EELK_Tartu_Peetri_kogudus_(kirikutahed), lk 140
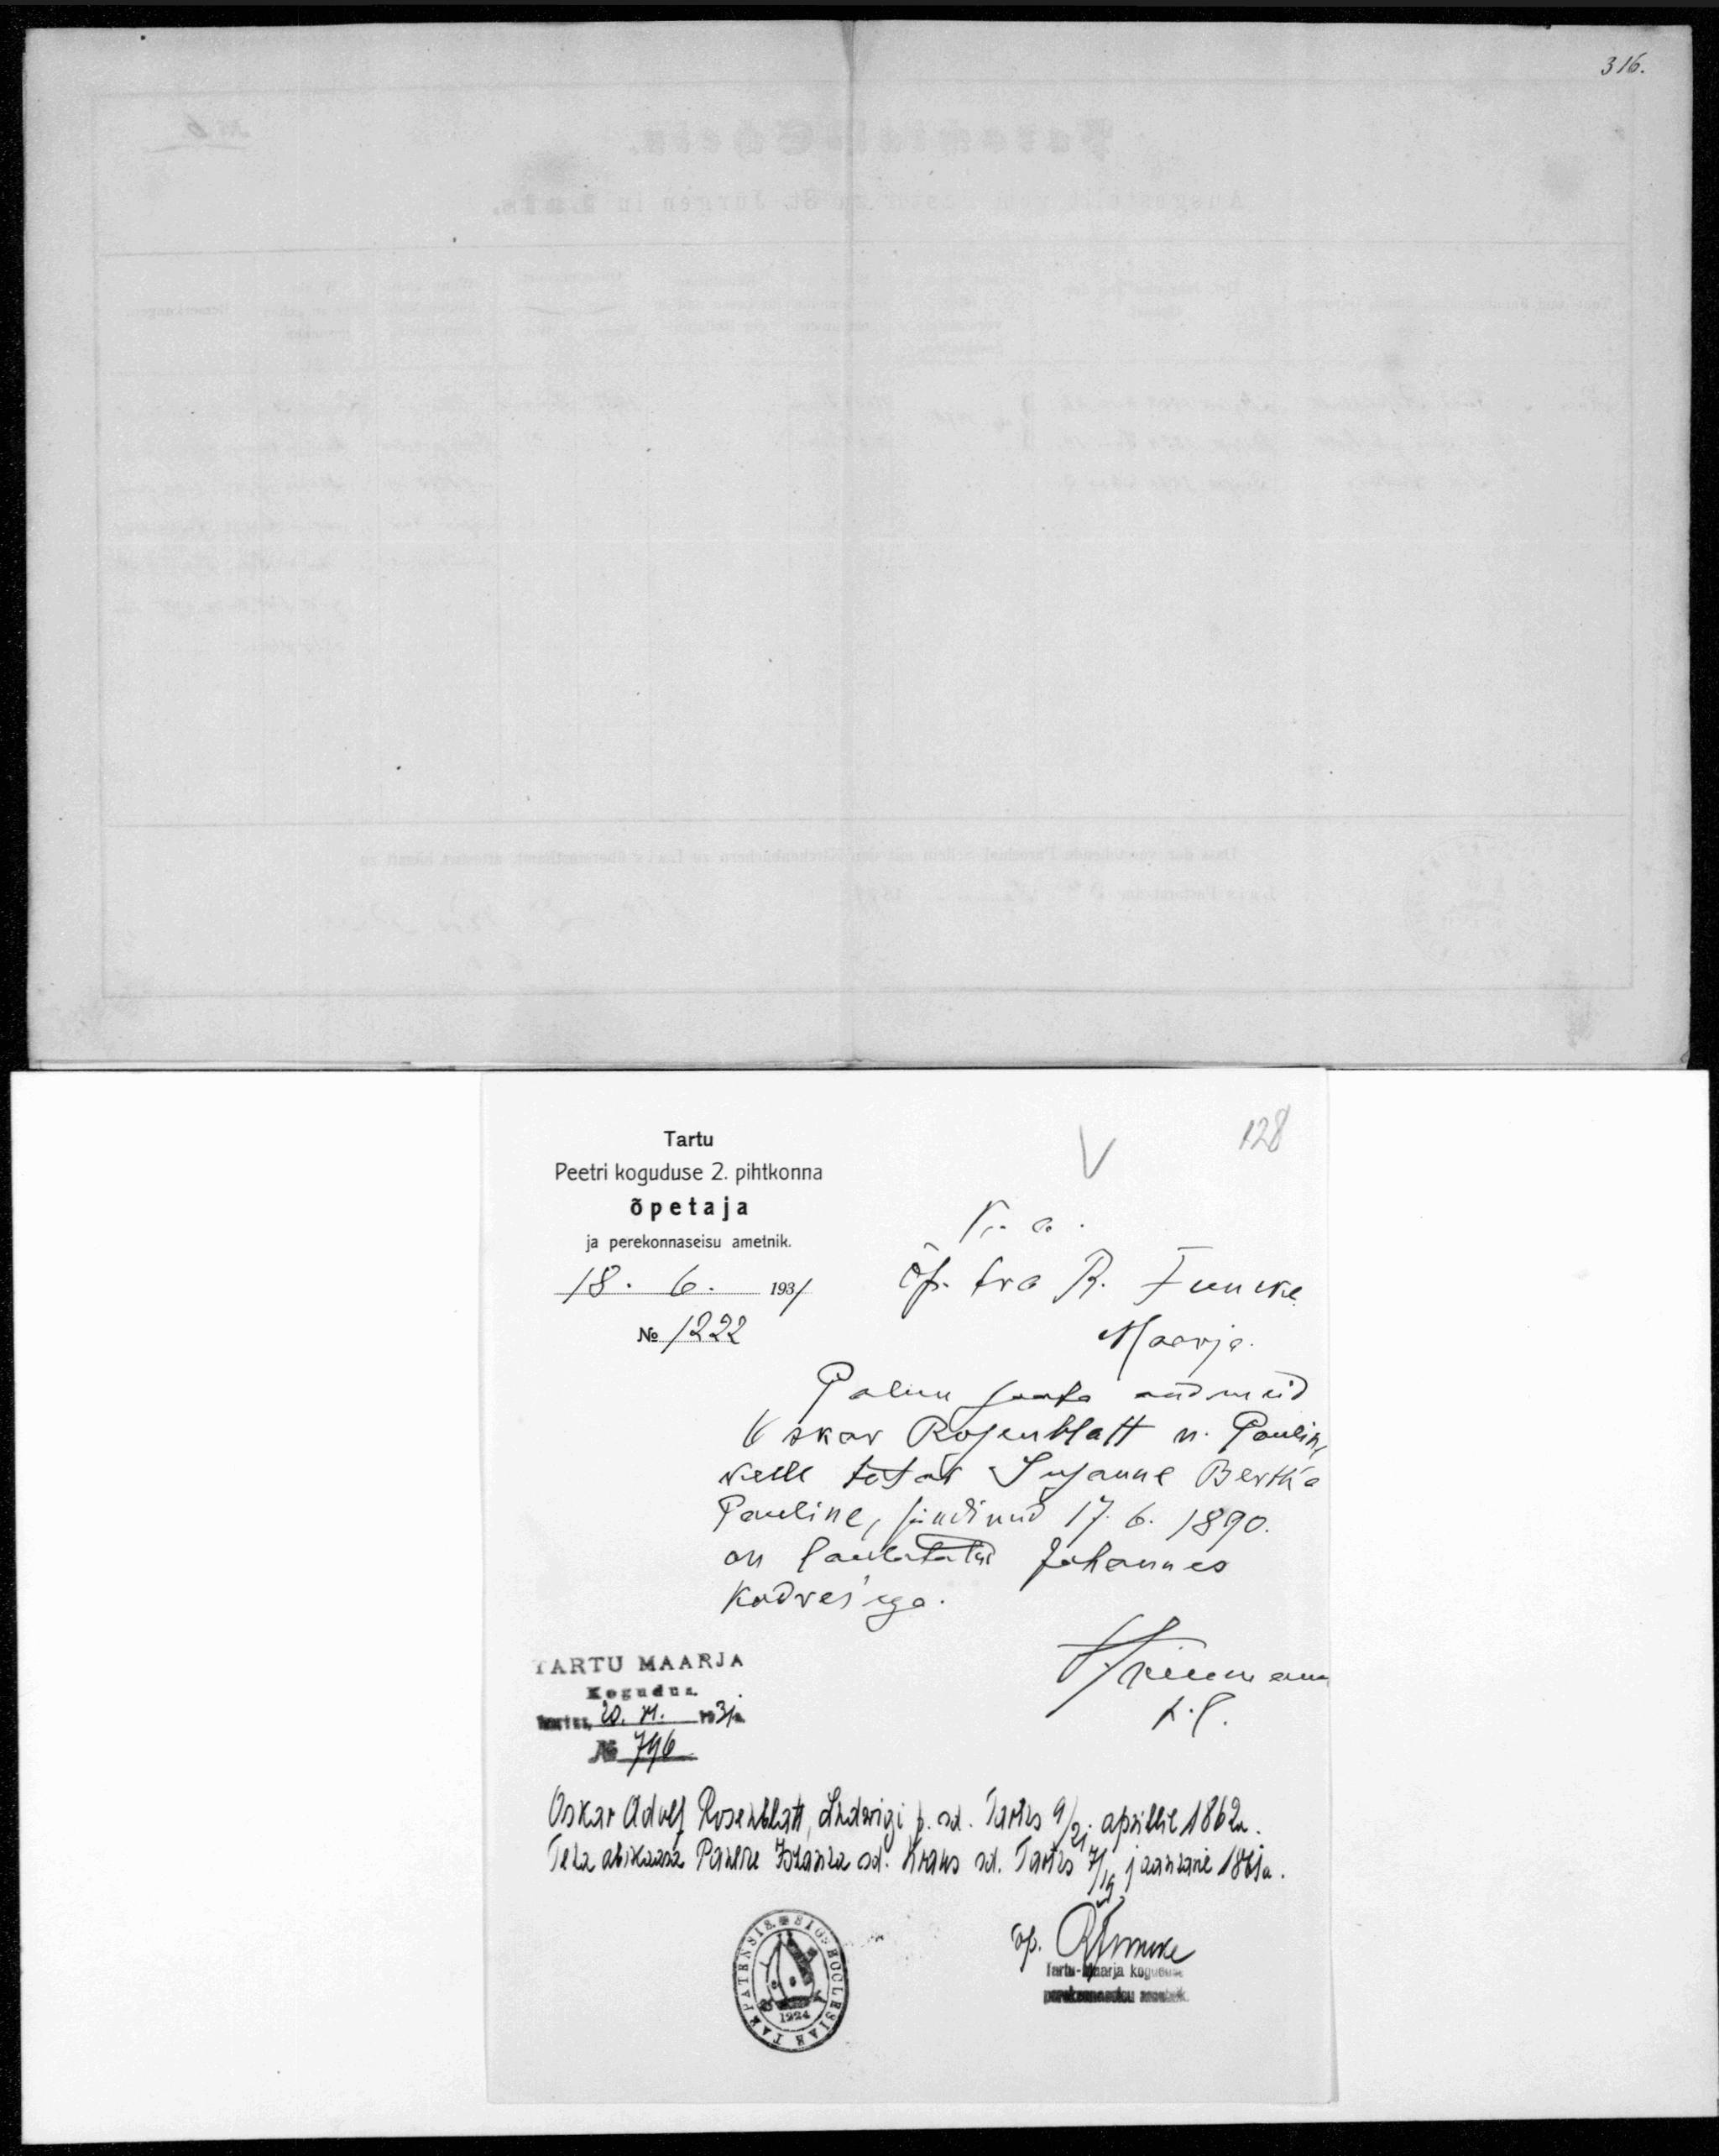
Tartu
128
Peetri koguduse 2. pihtkonna
õpetaja
ja perekonnaseisu ametnik.
18.6.1931
No 1222
Maarja
Palun saada andmeid
Oskar Ropuhtast n. Pauline
kelle tütar Susanne Berth'a
Pauline, sündinud 17.6.1890.
on laulatatud Johannes
Kodres'iga
TARTU MAARJA
Kogudus.
Oskar Adolf Rosenblatt, Ludwigi p. sd. Tartus 9/21 aprillil 1862a.
Tema abikaasa Paula Bianka sd. Kraks sd. Tartus 7/19 jaanuaril 1861a
Tartu-Maarja kogudus
perekonnaseisu ametnik